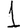
Digit: 1